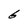
Character: 6